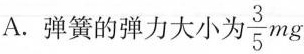
A.弹簧的弹力大小头\frac{3}{5}mg